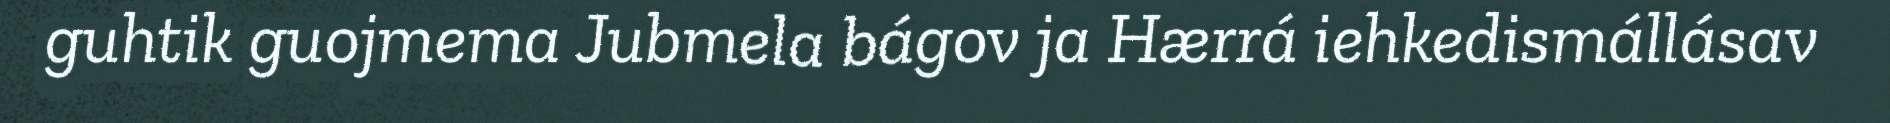
guhtik guojmema Jubmela bágov ja Hærrá iehkedismállásav